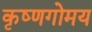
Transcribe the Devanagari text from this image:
कृष्णगोमय